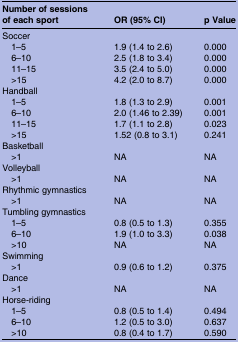
| Number of sessions of each sport | OR (95% CI) | p Value |
 | --- | --- | --- |
 | <COLSPAN=3> Soccer |
 | 1–5 | 1.9 (1.4 to 2.6) | 0.000 |
 | 6–10 | 2.5 (1.8 to 3.4) | 0.000 |
 | 11–15 | 3.5 (2.4 to 5.0) | 0.000 |
 | >15 | 4.2 (2.0 to 8.7) | 0.000 |
 | <COLSPAN=3> Handball |
 | 1–5 | 1.8 (1.3 to 2.9) | 0.001 |
 | 6–10 | 2.0 (1.46 to 2.39) | 0.001 |
 | 11–15 | 1.7 (1.1 to 2.8) | 0.023 |
 | >15 | 1.52 (0.8 to 3.1) | 0.241 |
 | <COLSPAN=3> Basketball |
 | >1 | NA | NA |
 | <COLSPAN=3> Volleyball |
 | >1 | NA | NA |
 | <COLSPAN=3> Rhythmic gymnastics |
 | >1 | NA | NA |
 | <COLSPAN=3> Tumbling gymnastics |
 | 1–5 | 0.8 (0.5 to 1.3) | 0.355 |
 | 6–10 | 1.9 (1.0 to 3.3) | 0.038 |
 | >10 | NA | NA |
 | <COLSPAN=3> Swimming |
 | >1 | 0.9 (0.6 to 1.2) | 0.375 |
 | <COLSPAN=3> Dance |
 | >1 | NA | NA |
 | <COLSPAN=3> Horse-riding |
 | 1–5 | 0.8 (0.5 to 1.4) | 0.494 |
 | 6–10 | 1.2 (0.5 to 3.0) | 0.637 |
 | >10 | 0.8 (0.4 to 1.7) | 0.590 |